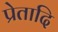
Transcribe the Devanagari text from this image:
प्रेतादि